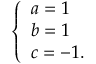
\left\{ \begin{array} { l } { { a = 1 } } \\ { { b = 1 } } \\ { { c = - 1 . } } \end{array} \right.